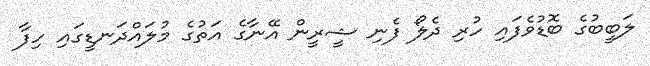
ލަބީބުގެ ބޮޑުވެފައި ހުރި ދެލޯ ފެނި ޝީރީން އޭނާގެ އަތުގެ މުލައްދަނޑީގައި ހިފާ